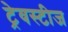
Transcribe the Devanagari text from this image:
ट्रेवस्टीज